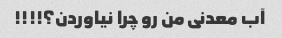
آب معدنی من رو چرا نیاوردن؟!!!!